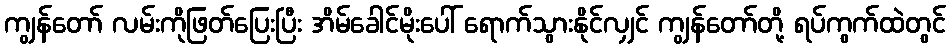
ကျွန်တော် လမ်းကိုဖြတ်ပြေးပြီး အိမ်ခေါင်မိုးပေါ် ရောက်သွားနိုင်လျှင် ကျွန်တော်တို့ ရပ်ကွက်ထဲတွင်